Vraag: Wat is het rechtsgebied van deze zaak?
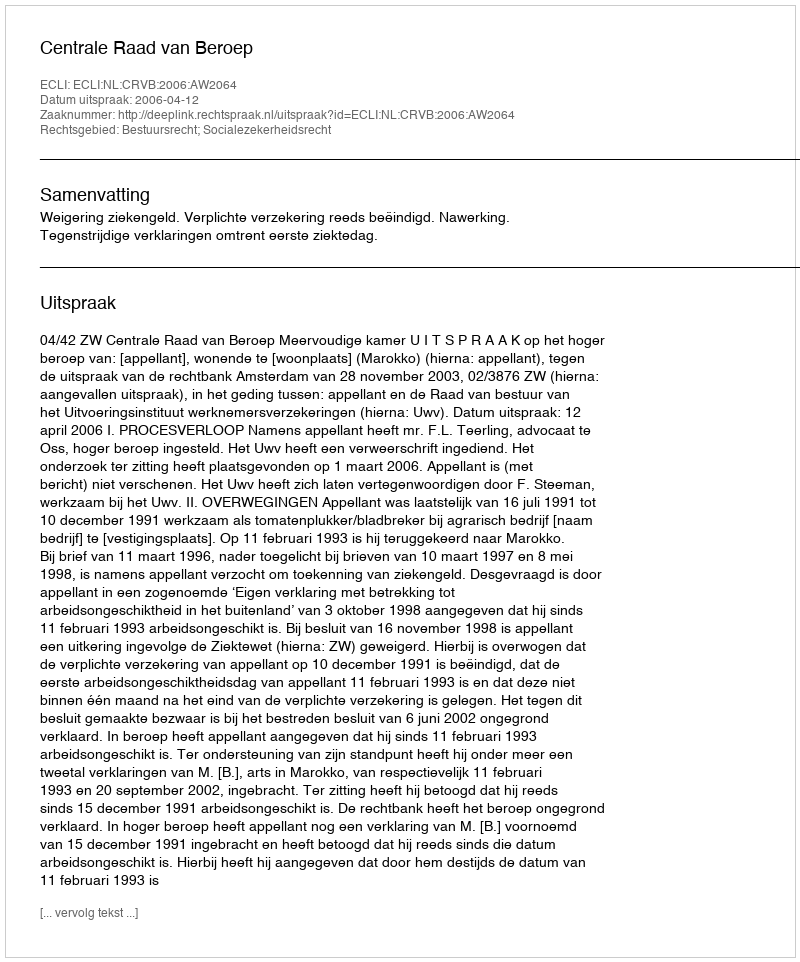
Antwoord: Bestuursrecht; Socialezekerheidsrecht